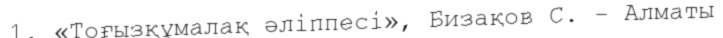
1. «Тоғызқұмалақ әліппесі», Бизақов С. - Алматы